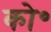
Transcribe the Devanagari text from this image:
को॰